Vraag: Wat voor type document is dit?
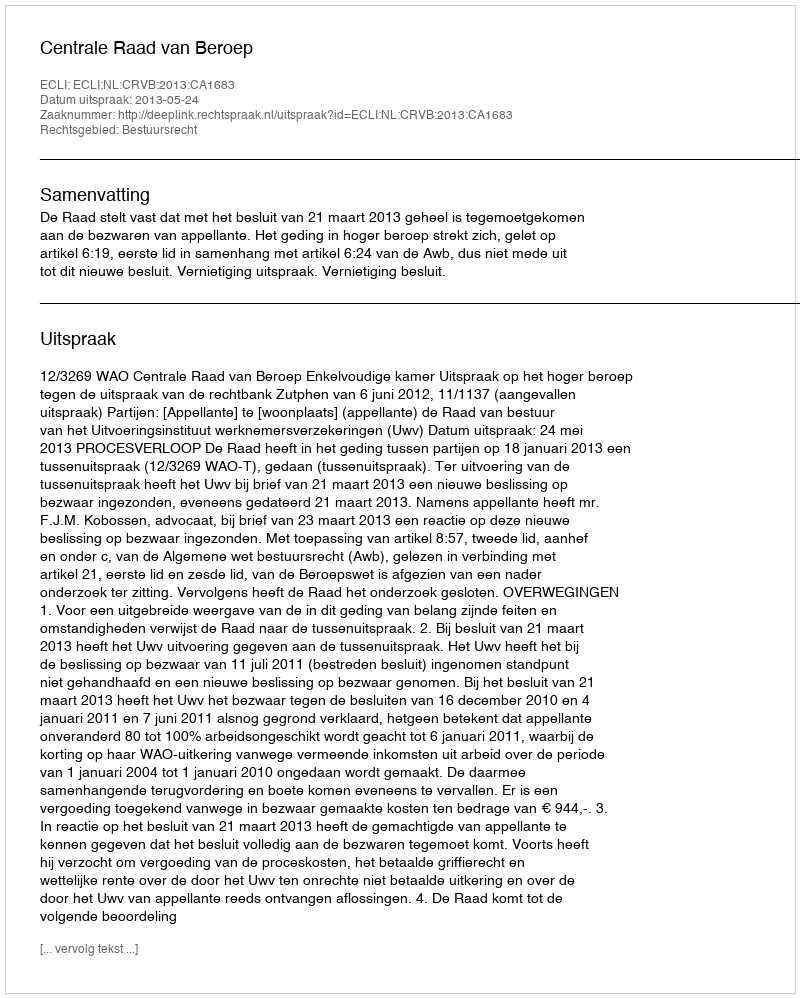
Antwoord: Uitspraak